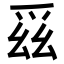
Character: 𭶯